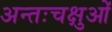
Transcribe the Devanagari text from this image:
अन्तःचक्षुओं